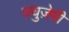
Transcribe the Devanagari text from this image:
ज्युज़ेपी